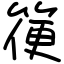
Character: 箯